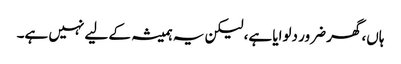
ہاں، گھر ضرور دلوایا ہے، لیکن یہ ہمیشہ کے لیے نہیں ہے۔